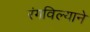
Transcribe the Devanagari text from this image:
रंगविल्याने